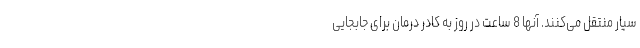
سیار منتقل می‌کنند. آنها 8 ساعت در روز به کادر درمان برای جابجایی